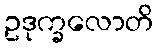
ဥဒုက္ခလောတိ